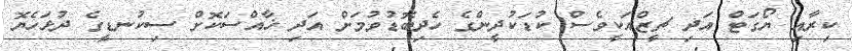
ކިރާއި ޔޯގަޓް އަދި ޗީޒްއަކީވެސް ކުޑަކުދީންގެ ހެދިބޮޑުވުމަށް އަދި ޚާއްސަކޮށް ސިކުނޑީގެ ދުޅަހެޔޮ